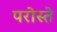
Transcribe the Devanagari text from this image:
परोस्ते